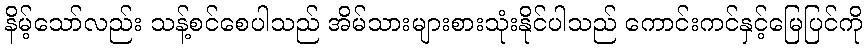
နိမ့်သော်လည်း သန့်စင်စေပါသည် အိမ်သားများစားသုံးနိုင်ပါသည် ကောင်းကင်နှင့်မြေပြင်ကို